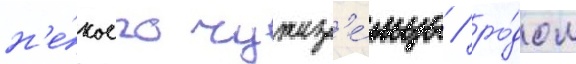
н'е́коего чужез'е́мца / ро́дом